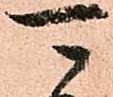
可